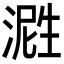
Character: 𬈤